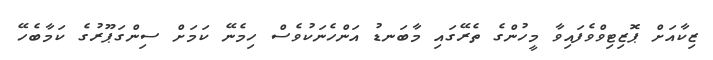
ޒިކާއަށް ޕޮޒިޓިވްވެފައިވާ މީހުންގެ ތެރޭގައި މާބަނޑު އަންހެނަކުވެސް ހިމެނޭ ކަމަށް ސިންގަޕޫރުގެ ކަމާބެހޭ